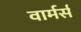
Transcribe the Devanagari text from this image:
वार्मर्स